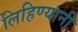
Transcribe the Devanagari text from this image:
लिहिण्यानी